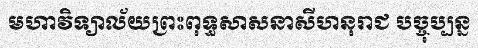
មហាវិទ្យាល័យព្រះពុទ្ធសាសនាសីហនុរាជ បច្ចុប្បន្ន